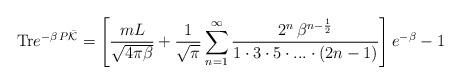
LaTeX: \begin{align*}{\rm Tr} e^{-\beta \, P \bar{\cal K}}= \left[ \frac{mL}{\sqrt{4\pi \beta}}+\frac{1}{\sqrt{\pi}} \sum_{n=1}^\infty \frac{2^n\,\beta^{n-\frac{1}{2}}}{1\cdot 3\cdot 5 \cdot ... \cdot (2n-1)}\right] e^{-\beta}-1\end{align*}